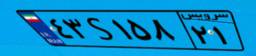
۴۳S۱۵۸۲۱